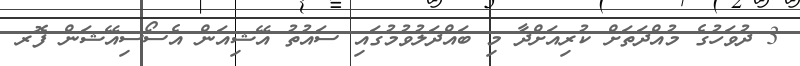
3 ދުވަހުގެ މުއްދަތަށް ކުރިއަށްދާ މި ބައްދަލުވުމުގައި ސައުތު އޭޝިއަން އެސޯސިއޭޝަން ފޮރ